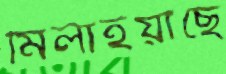
মিলাইয়াছে